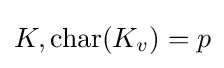
K,\operatorname {char} (K_{v})=p